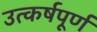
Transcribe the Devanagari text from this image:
उत्कर्षपूर्ण